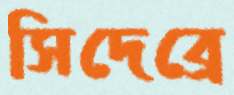
সিদেব্রে